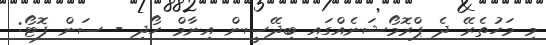
މި މަހުތެރޭ ދެ ޕްރޮމޯޝަނެއްގައި ބިދޭސީން އިނާމް ހޯދި - ސަން ފޮޓޯ: